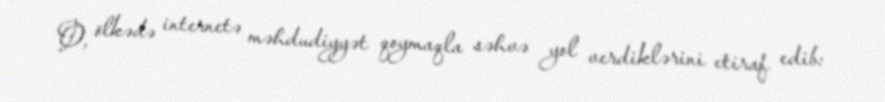
O, ölkədə internetə məhdudiyyət qoymaqla səhvə yol verdiklərini etiraf edib: